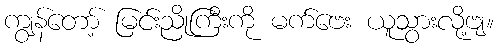
ကျွန်တော့် မြင်းညိုကြီးကို မက်ဗေး ယူသွားလို့ဗျ။